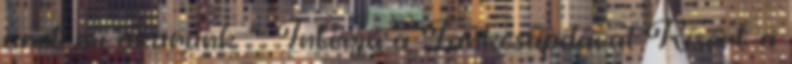
amit mi akarunk ”: Interjú a Tankcsapdával Kísért a